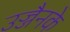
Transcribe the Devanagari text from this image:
उज्जैनके